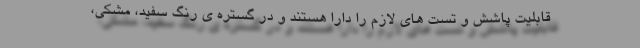
قابلیت پاشش و تست های لازم را دارا هستند و در گستره ی رنگ سفید، مشکی،